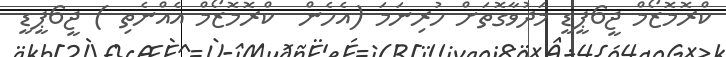
ކްރޮމޮޒޯމް ޖީ6ޕީޑީ މަދުވާގޮތަށް ހުރިނަމަ (އެހެން  ކްރޮމޮޒޯމް އެއްނެތި ) ޖީ6ޕީޑީ